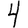
Digit: 4